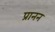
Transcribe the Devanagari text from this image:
प्रानन